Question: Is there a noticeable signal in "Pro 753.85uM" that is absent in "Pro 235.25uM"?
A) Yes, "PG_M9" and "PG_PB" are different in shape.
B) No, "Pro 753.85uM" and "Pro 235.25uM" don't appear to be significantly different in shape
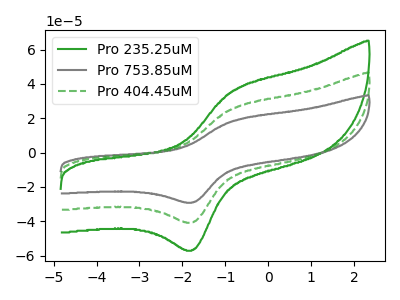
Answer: <think>The green curve "Pro 235.25uM" has an anodic peak at (-0.80V, 51.85uA) and a cathodic peak at (-1.75V, -81.10uA). The gray curve "Pro 753.85uM" has an anodic peak at (-0.80V, 18.55uA) and a cathodic peak at (-1.75V, -29.00uA). The green dashed curve "Pro 404.45uM" has an anodic peak at (-0.80V, 25.95uA) and a cathodic peak at (-1.75V, -40.55uA).
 All the peaks in "Pro 753.85uM" have a peak in "Pro 235.25uM" at the same potential. Every peak in "Pro 753.85uM" is lower than every peak in "Pro 235.25uM".</think>
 <answer>B) No, "Pro 753.85uM" and "Pro 235.25uM" don't appear to be significantly different in shape</answer>
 <eval>B</eval>